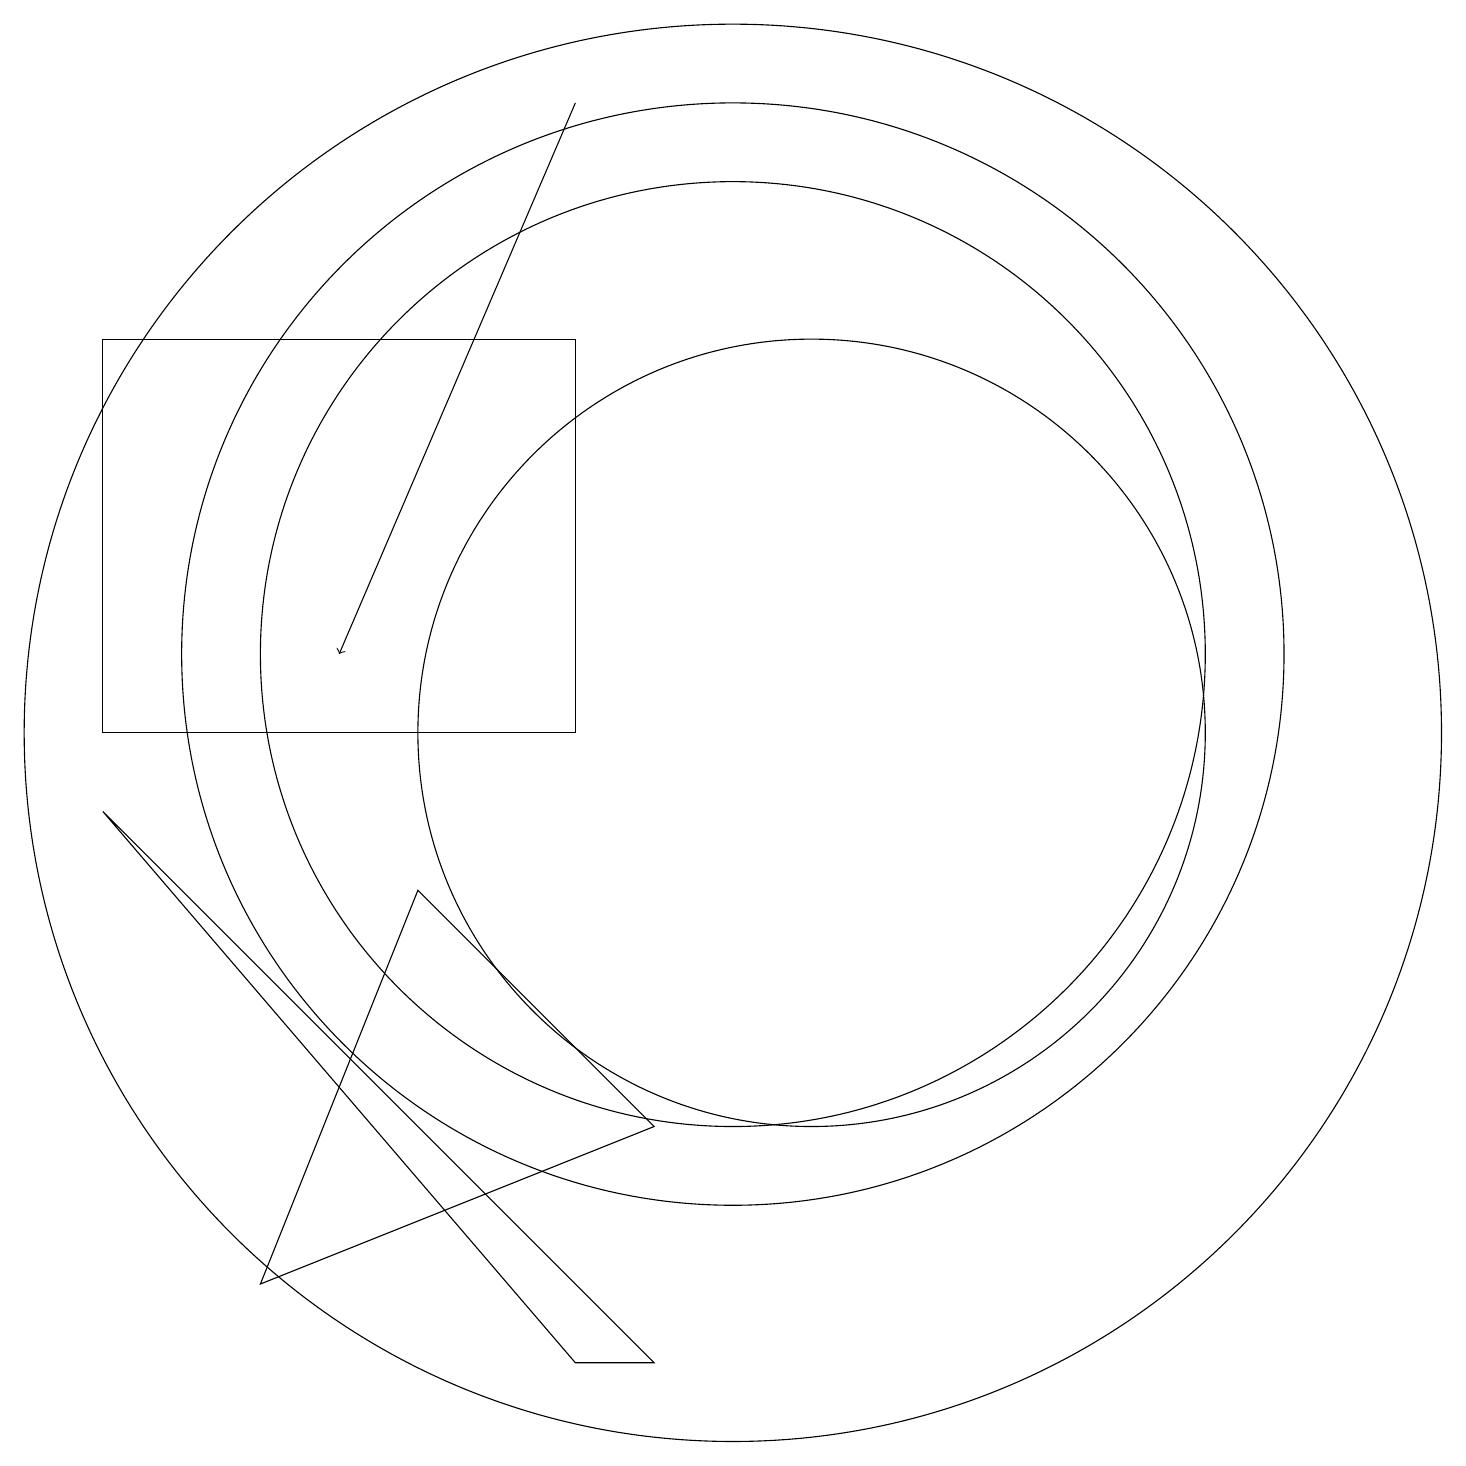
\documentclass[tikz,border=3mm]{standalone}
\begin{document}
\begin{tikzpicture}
\draw (8,10) rectangle (2,15);
\draw (10,11) circle (6);
\draw (10,11) circle (7);
\draw (9,2) -- (2,9) -- (8,2) -- cycle;
\draw (10,10) circle (9);
\draw (4,3) -- (9,5) -- (6,8) -- cycle;
\draw[->] (8,18) -- (5,11);
\draw (11,10) circle (5);
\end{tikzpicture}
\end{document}